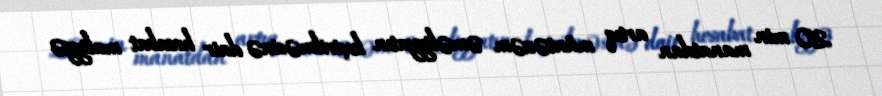
20 min manatdan artıq müntəzəm əməliyyatın keçirilməsinə dair hesabat maliyyə